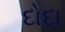
દોદા